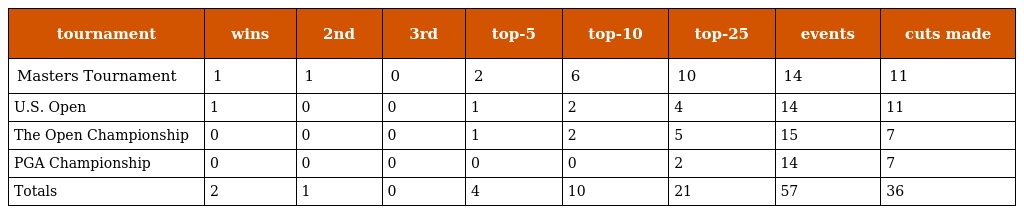
| tournament | wins | 2nd | 3rd | top-5 | top-10 | top-25 | events | cuts made |
 | --- | --- | --- | --- | --- | --- | --- | --- | --- |
 | Masters Tournament | 1 | 1 | 0 | 2 | 6 | 10 | 14 | 11 |
 | U.S. Open | 1 | 0 | 0 | 1 | 2 | 4 | 14 | 11 |
 | The Open Championship | 0 | 0 | 0 | 1 | 2 | 5 | 15 | 7 |
 | PGA Championship | 0 | 0 | 0 | 0 | 0 | 2 | 14 | 7 |
 | Totals | 2 | 1 | 0 | 4 | 10 | 21 | 57 | 36 |